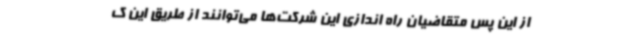
از این پس متقاضیان راه اندازی این شرکت‌ها می‌توانند از طریق این ک